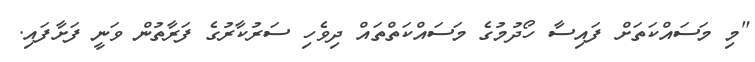
"މި މަސައްކަތަށް ފައިސާ ހޯދުމުގެ މަސައްކަތްތައް ދިވެހި ސަރުކާރުގެ ފަރާތުން ވަނީ ފަށާފައި.